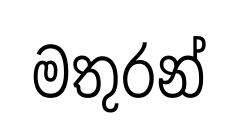
මතුරන්